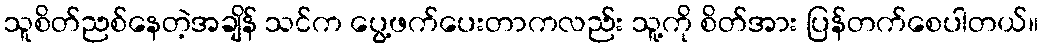
သူစိတ်ညစ်နေတဲ့အချိန် သင်က ပွေ့ဖက်ပေးတာကလည်း သူ့ကို စိတ်အား ပြန်တက်စေပါတယ်။